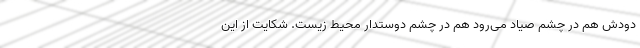
دودش هم در چشم صیاد می‌رود هم در چشم دوستدار محیط زیست. شکایت از این